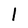
Character: l